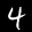
Label: 4